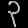
Digit: ၃